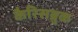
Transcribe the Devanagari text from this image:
कैरिसब्रुक